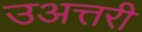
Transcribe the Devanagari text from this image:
उअत्तरी